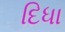
દિધા